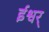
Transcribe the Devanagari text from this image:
ईश्वर्